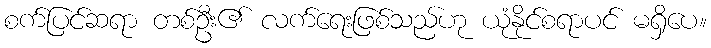
စက်ပြင်ဆရာ တစ်ဦး၏ လက်ရေးဖြစ်သည်ဟု ယုံနိုင်စရာပင် မရှိပေ။